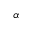
\alpha